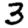
Digit: 3